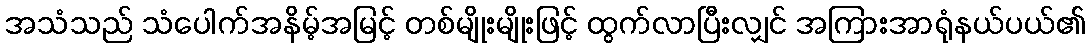
အသံသည် သံပေါက်အနိမ့်အမြင့် တစ်မျိုးမျိုးဖြင့် ထွက်လာပြီးလျှင် အကြားအာရုံနယ်ပယ်၏